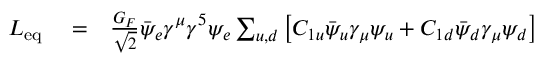
\begin{array} { r l r } { { \cal L } _ { \mathrm { e q } } } & { { } = } & { \frac { G _ { F } } { \sqrt { 2 } } \bar { \psi } _ { e } \gamma ^ { \mu } \gamma ^ { 5 } \psi _ { e } \sum _ { u , d } \left[ C _ { 1 u } \bar { \psi } _ { u } \gamma _ { \mu } \psi _ { u } + C _ { 1 d } \bar { \psi } _ { d } \gamma _ { \mu } \psi _ { d } \right] } \end{array}